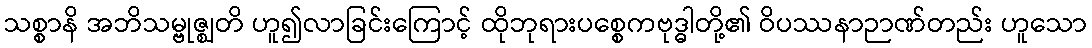
သစ္စာနိ အဘိသမ္ဗုဇ္ဈတိ ဟူ၍လာခြင်းကြောင့် ထိုဘုရားပစ္စေကဗုဒ္ဓါတို့၏ ဝိပဿနာဉာဏ်တည်း ဟူသော